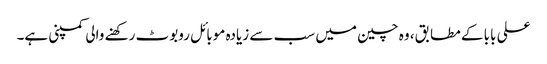
علی بابا کے مطابق، وہ چین میں سب سے زیادہ موبائل روبوٹ رکھنے والی کمپنی ہے۔